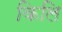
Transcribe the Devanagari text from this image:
किलि